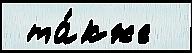
 та́кже